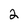
Character: 2